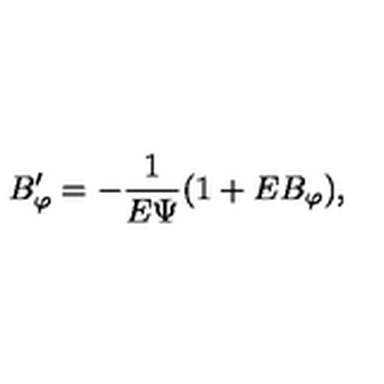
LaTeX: B _ { \varphi } ^ { \prime } = - \frac { 1 } { E \Psi } ( 1 + E B _ { \varphi } ) ,